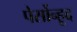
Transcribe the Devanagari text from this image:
पेर्सोन्हूद